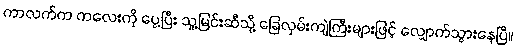
ကာလက်က ကလေးကို ပွေ့ပြီး သူ့မြင်းဆီသို့ ခြေလှမ်းကျဲကြီးများဖြင့် လျှောက်သွားနေပြီ။